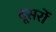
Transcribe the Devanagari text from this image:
दूसरोँ